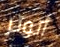
أتوتر